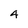
Character: 4